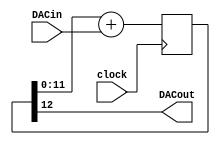
/***************************************************************************************************
*  dac.v
*
*  Copyright (c) 2013, Magnus Karlsson
*  All rights reserved.
*
*  Redistribution and use in source and binary forms, with or without modification, are permitted
*  provided that the following conditions are met:
*
*  1. Redistributions of source code must retain the above copyright notice, this list of conditions
*     and the following disclaimer.
*  2. Redistributions in binary form must reproduce the above copyright notice, this list of
*     conditions and the following disclaimer in the documentation and/or other materials provided
*     with the distribution.
*
*  THIS SOFTWARE IS PROVIDED BY THE COPYRIGHT HOLDERS AND CONTRIBUTORS "AS IS" AND ANY EXPRESS OR
*  IMPLIED WARRANTIES, INCLUDING, BUT NOT LIMITED TO, THE IMPLIED WARRANTIES OF MERCHANTABILITY AND
*  FITNESS FOR A PARTICULAR PURPOSE ARE DISCLAIMED. IN NO EVENT SHALL THE COPYRIGHT OWNER OR
*  CONTRIBUTORS BE LIABLE FOR ANY DIRECT, INDIRECT, INCIDENTAL, SPECIAL, EXEMPLARY, OR CONSEQUENTIAL
*  DAMAGES (INCLUDING, BUT NOT LIMITED TO, PROCUREMENT OF SUBSTITUTE GOODS OR SERVICES; LOSS OF USE,
*  DATA, OR PROFITS; OR BUSINESS INTERRUPTION) HOWEVER CAUSED AND ON ANY THEORY OF LIABILITY,
*  WHETHER IN CONTRACT, STRICT LIABILITY, OR TORT (INCLUDING NEGLIGENCE OR OTHERWISE) ARISING IN ANY
*  WAY OUT OF THE USE OF THIS SOFTWARE, EVEN IF ADVISED OF THE POSSIBILITY OF SUCH DAMAGE.
*
***************************************************************************************************/
module dac(clock, DACin, DACout);
input clock;
input [11:0] DACin;
output DACout;

  reg [12:0] accumulator;
  always @(posedge clock)
    accumulator <= accumulator[11:0] + DACin;

  assign DACout = accumulator[12];
endmodule